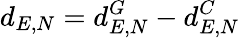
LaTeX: d_{E,N}=d_{E,N}^{G}-{d}_{E,N}^{C}